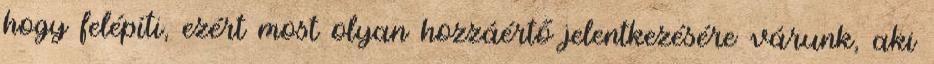
hogy felépíti, ezért most olyan hozzáértő jelentkezésére várunk, aki